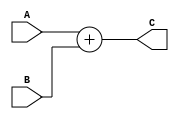
module signarith (A,B,C);
    input signed [8:0]A,B;
    output signed[9:0]C;
    assign C=A+B;
    //{A[7],A}+{B[7],B};
    
endmodule